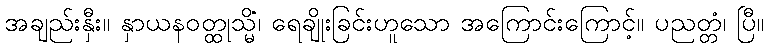
အချည်းနှီး။ နှာယနဝတ္ထုသ္မိံ၊ ရေချိုးခြင်းဟူသော အကြောင်းကြောင့်။ ပညတ္တံ၊ ပြီ။